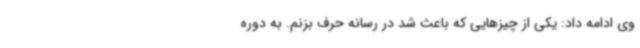
وی ادامه داد: یکی از چیزهایی که باعث شد در رسانه حرف بزنم. به دوره